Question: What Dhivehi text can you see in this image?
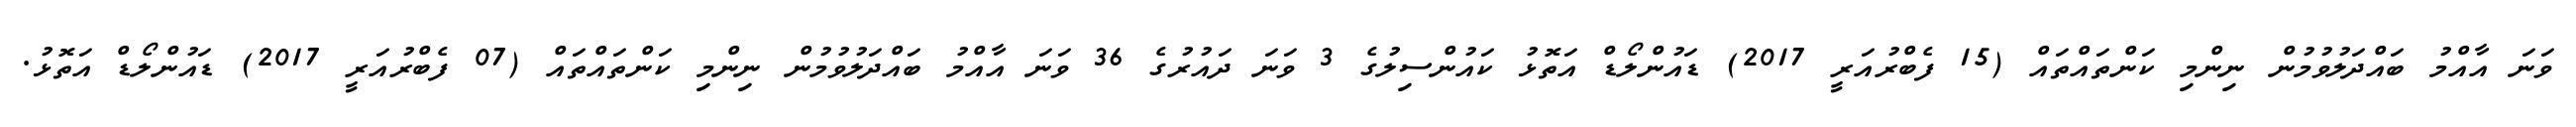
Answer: ވަނަ އާއްމު ބައްދަލުވުމުން ނިންމި ކަންތައްތައް (15 ފެބްރުއަރީ 2017) ޑައުންލޯޑް އަތޮޅު ކައުންސިލުގެ 3 ވަނަ ދައުރުގެ 36 ވަނަ އާއްމު ބައްދަލުވުމުން ނިންމި ކަންތައްތައް (07 ފެބްރުއަރީ 2017) ޑައުންލޯޑް އަތޮޅު.